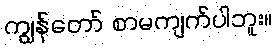
ကျွန်တော် စာမကျက်ပါဘူး။